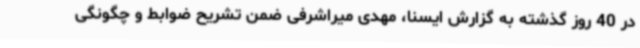
در 40 روز گذشته به گزارش ایسنا، مهدی میراشرفی ضمن تشریح ضوابط و چگونگی